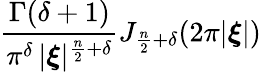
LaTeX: {\frac{\Gamma(\delta+1)}{\pi^{\delta}\, |{\boldsymbol{\xi}}|^{{\frac{n}{2}}+\delta}}}J_{{\frac{n}{2}}+\delta}(2\pi|{\boldsymbol{\xi}}|)